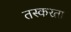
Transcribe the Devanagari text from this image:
तस्करता